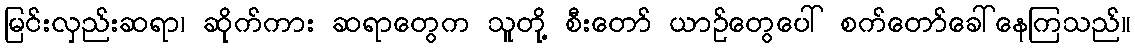
မြင်းလှည်းဆရာ၊ ဆိုက်ကား ဆရာတွေက သူတို့ စီးတော် ယာဉ်တွေပေါ် စက်တော်ခေါ်နေကြသည်။